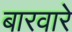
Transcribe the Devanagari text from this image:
बारवारे